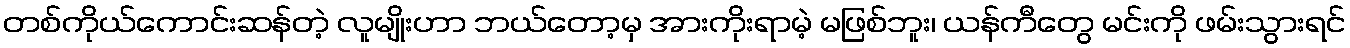
တစ်ကိုယ်ကောင်းဆန်တဲ့ လူမျိုးဟာ ဘယ်တော့မှ အားကိုးရာမဲ့ မဖြစ်ဘူး၊ ယန်ကီတွေ မင်းကို ဖမ်းသွားရင်